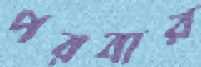
পরবার